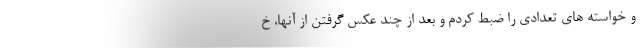
و خواسته های تعدادی را ضبط کردم و بعد از چند عکس گرفتن از آنها، خ